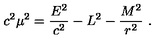
c ^ { 2 } \mu ^ { 2 } = { \frac { E ^ { 2 } } { c ^ { 2 } } } - L ^ { 2 } - { \frac { M ^ { 2 } } { r ^ { 2 } } } \ .